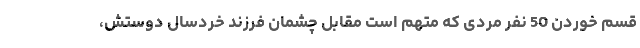
قسم خوردن 50 نفر مردی که متهم است مقابل چشمان فرزند خردسال دوستش،